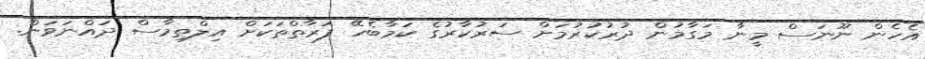
އެހެން ނޫނަސް މީނާ މަގާމުން ދުރުކުރުމަށް ސަރުކާރުގެ ކަމާބެހޭ ފަރާތްތަކަށް އިލްތިމާސް ދައްނަވަން.